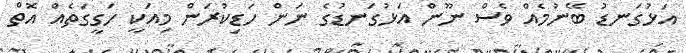
އަޅުގަނޑު ބޭނުމެއް ވެސް ނޫން އަޅުގަނޑުގެ ނަން ހަޑިކުރަން މިއަކީ ހަގީގަތެއް އޮތް